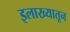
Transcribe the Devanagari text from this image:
इलाख्यातून